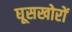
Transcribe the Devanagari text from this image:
घूसखोरों